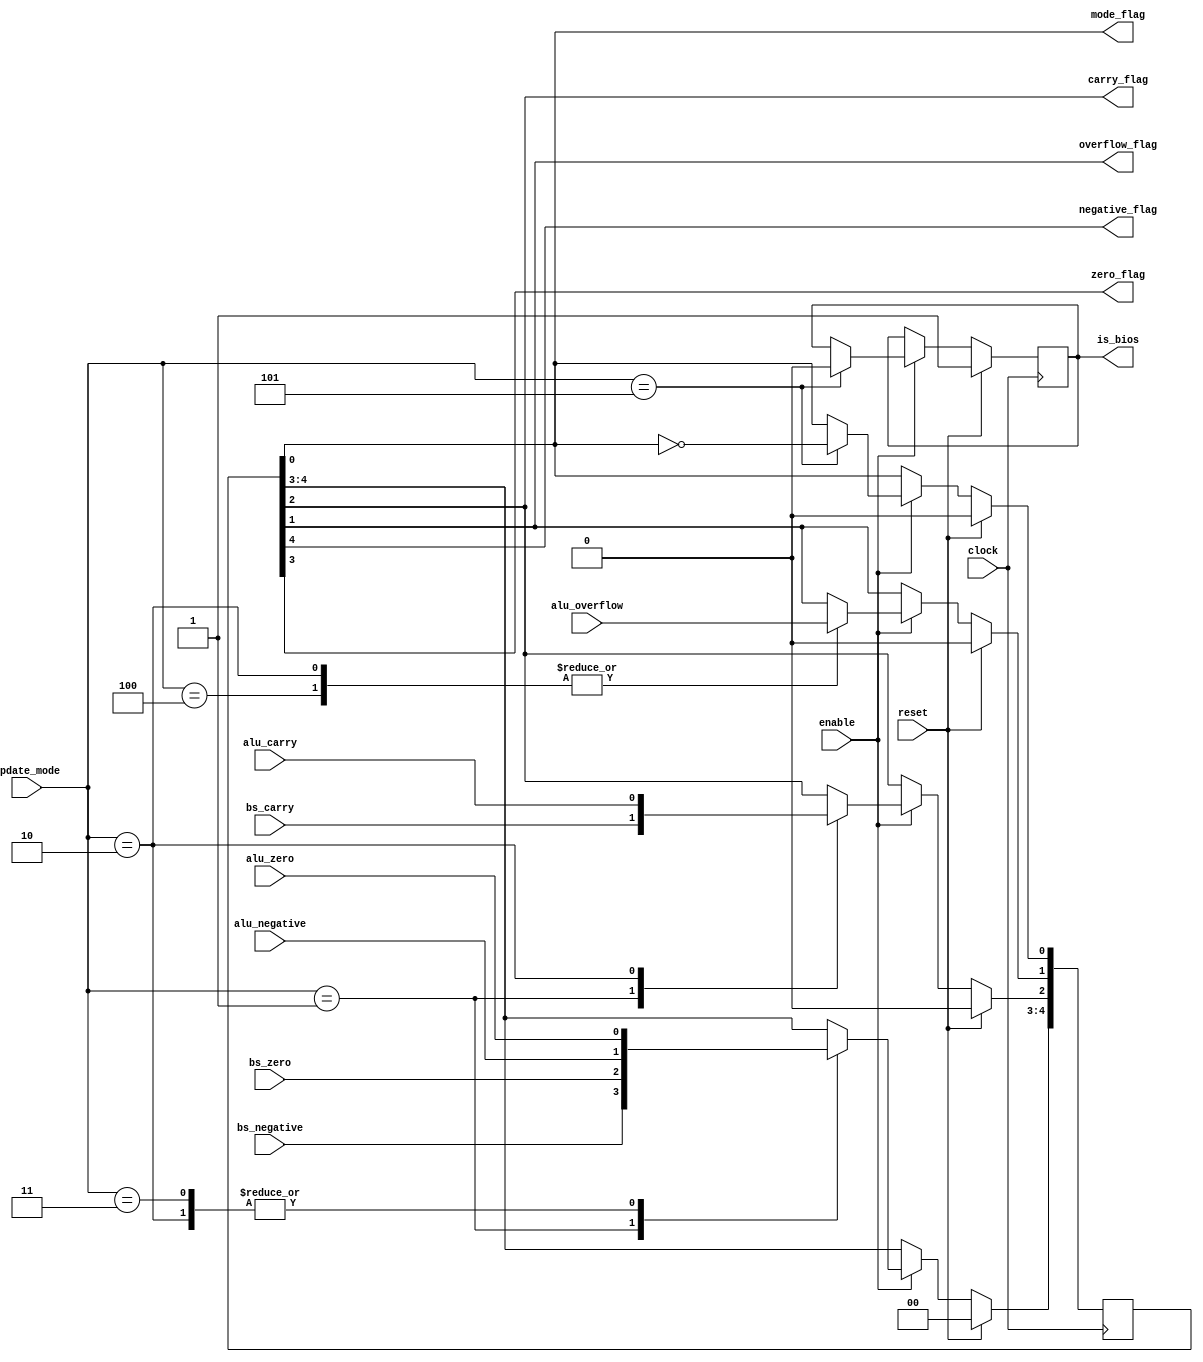
module SpecReg(
    input clock, reset, enable,
    input [3:0] update_mode,
    output negative_flag, zero_flag, carry_flag, overflow_flag, mode_flag,
    input alu_negative, alu_zero, alu_carry, alu_overflow,
    input bs_negative, bs_zero, bs_carry,
    output reg is_bios
);

    reg [4:0] SPECREG;

    assign {negative_flag, zero_flag, carry_flag, overflow_flag, mode_flag} = SPECREG;

    initial begin
        SPECREG <= 0;
        is_bios <= 1;
    end



    always @ ( posedge clock ) begin
        if (reset) begin
            SPECREG <= 0;
            is_bios <= 1;
        end else begin
            if(enable)
            begin
                case (update_mode)
                    1: begin
                        SPECREG [4:2] <= {bs_negative, bs_zero, bs_carry};
                    end

                    2: begin  //ADD
                        SPECREG[4:1] <= {alu_negative, alu_zero, alu_carry, alu_overflow};
                    end
                    
                    3: begin  //MOV
                        SPECREG[4:3] <= {alu_negative, alu_zero};
                    end
                    
                    4: begin
                        SPECREG[1] <= alu_overflow;
                    end

                    5: begin//SWI
                        SPECREG[0] <= ~SPECREG[0];
                        is_bios <= 0;
                    end
                endcase
            end
        end

    end








endmodule